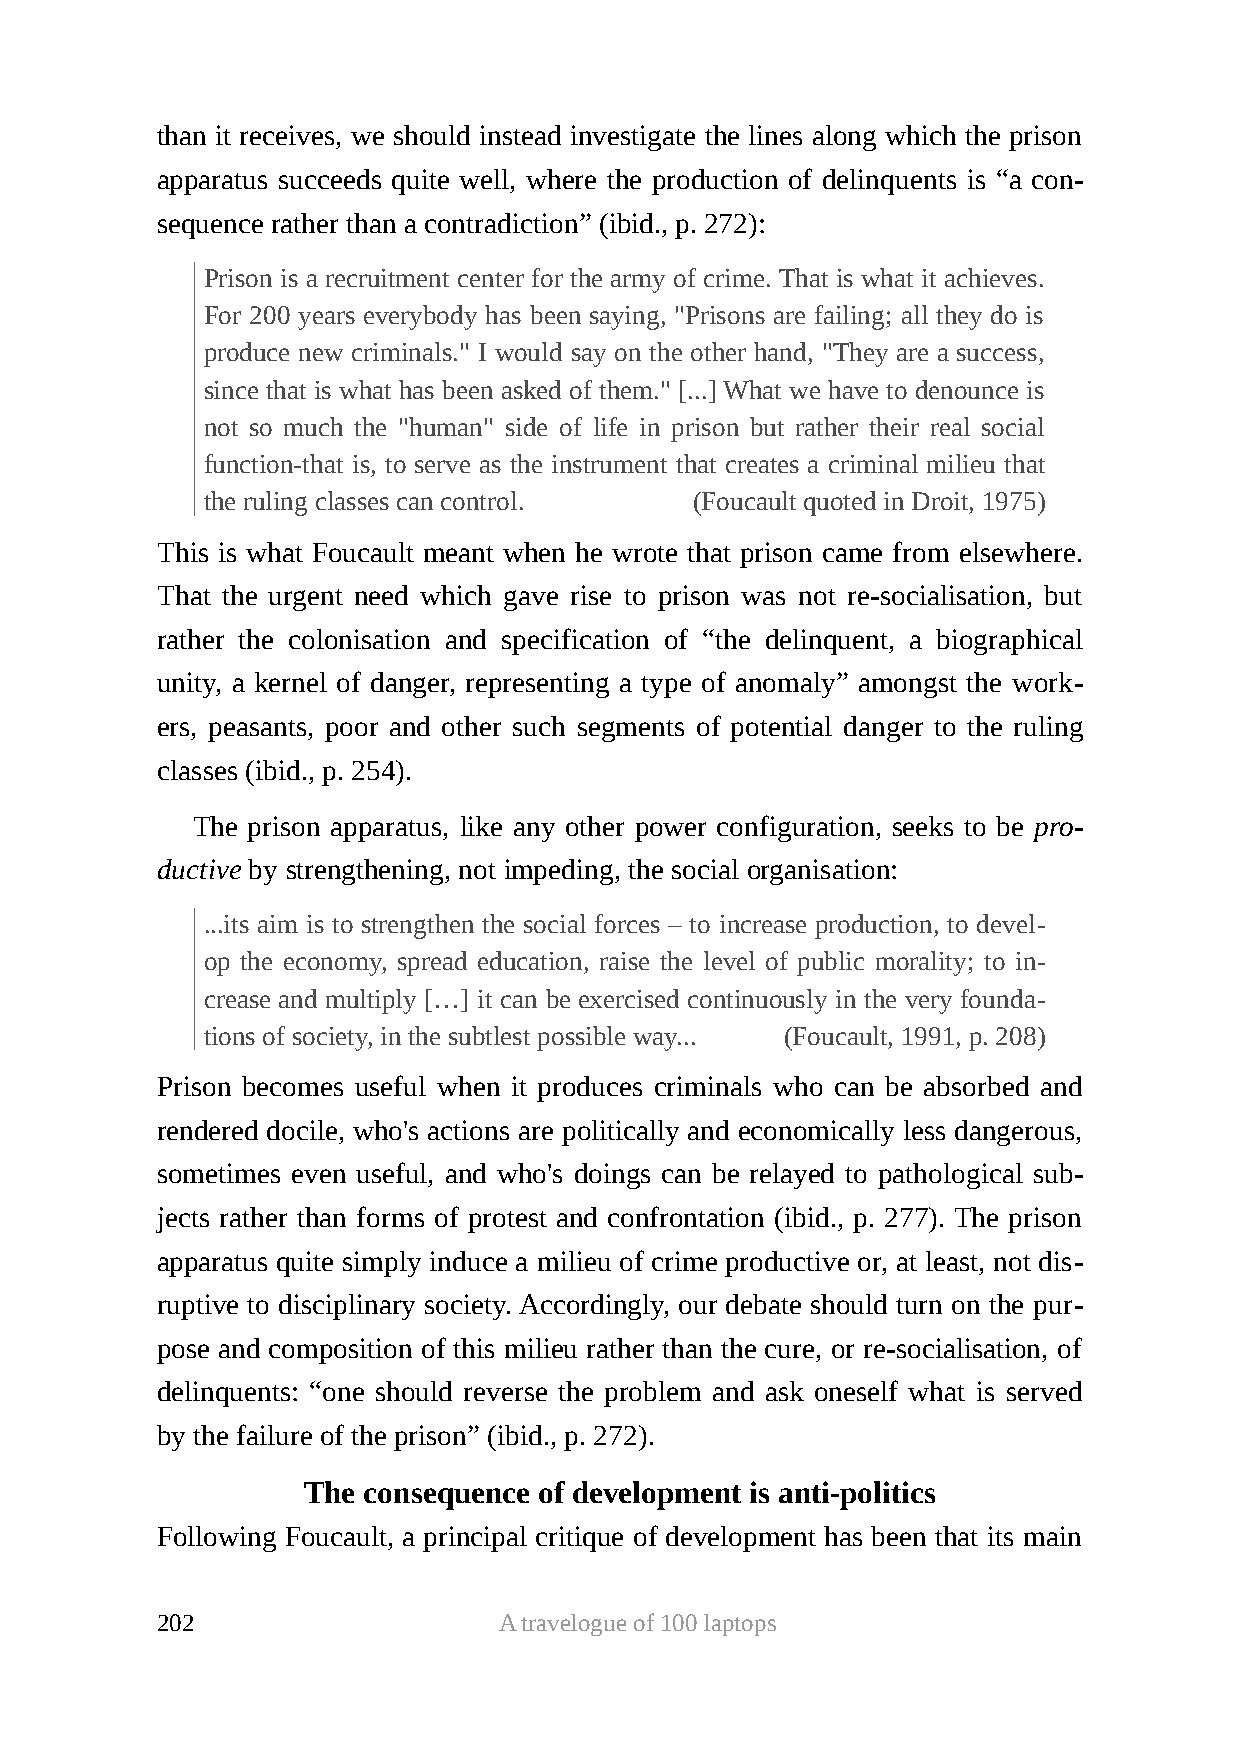
than it receives, we should instead investigate the lines along which the prison
 apparatus succeeds quite well, where the production of delinquents is “a con-
 sequence rather than a contradiction” (ibid., p. 272):
 Prison is a recruitment center for the army of crime. That is what it achieves.
 For 200 years everybody has been saying, "Prisons are failing; all they do is
 produce new criminals." I would say on the other hand, "They are a success,
 since that is what has been asked of them." [...] What we have to denounce is
 not so much the "human" side of life in prison but rather their real social
 function-that is, to serve as the instrument that creates a criminal milieu that
 the ruling classes can control. (Foucault quoted in Droit, 1975)
 This is what Foucault meant when he wrote that prison came from elsewhere.
 That the urgent need which gave rise to prison was not re-socialisation, but
 rather the colonisation and specification of “the delinquent, a biographical
 unity, a kernel of danger, representing a type of anomaly” amongst the work-
 ers, peasants, poor and other such segments of potential danger to the ruling
 classes (ibid., p. 254).
 The prison apparatus, like any other power configuration, seeks to be pro-
 ductive by strengthening, not impeding, the social organisation:
 ...its aim is to strengthen the social forces – to increase production, to devel-
 op the economy, spread education, raise the level of public morality; to in-
 crease and multiply […] it can be exercised continuously in the very founda-
 tions of society, in the subtlest possible way... (Foucault, 1991, p. 208)
 Prison becomes useful when it produces criminals who can be absorbed and
 rendered docile, who's actions are politically and economically less dangerous,
 sometimes even useful, and who's doings can be relayed to pathological sub-
 jects rather than forms of protest and confrontation (ibid., p. 277). The prison
 apparatus quite simply induce a milieu of crime productive or, at least, not dis-
 ruptive to disciplinary society. Accordingly, our debate should turn on the pur-
 pose and composition of this milieu rather than the cure, or re-socialisation, of
 delinquents: “one should reverse the problem and ask oneself what is served
 by the failure of the prison” (ibid., p. 272).
 The consequence of development is anti-politics
 Following Foucault, a principal critique of development has been that its main
 202                    A travelogue of 100 laptops